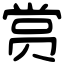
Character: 赏